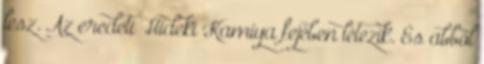
lesz. Az eredeti Hideki Kamiya fejében létezik. És abból